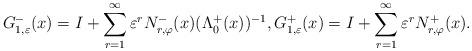
LaTeX: \begin{align*} G^-_{1,\varepsilon}(x)= {I}+\sum\limits_{r=1}^{\infty} \varepsilon^r N_{r,\varphi}^{-}(x) (\Lambda^{+}_{0}(x))^{-1}, G^+_{1,\varepsilon}(x)={I}+\sum\limits_{r=1}^{\infty} \varepsilon^r N_{r,\varphi}^{+}(x).\end{align*}